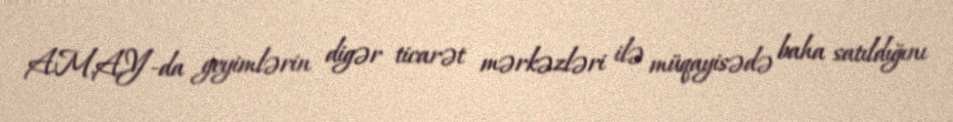
A.M.A.Y-da geyimlərin digər ticarət mərkəzləri ilə müqayisədə baha satıldığını